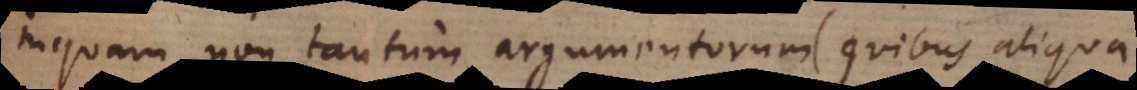
inquam non tantum argumentorum (quibus aliqua